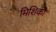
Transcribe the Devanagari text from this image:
मिशिको